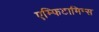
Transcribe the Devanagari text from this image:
एम्फिटामिन्स